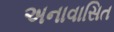
અનાવાસિત